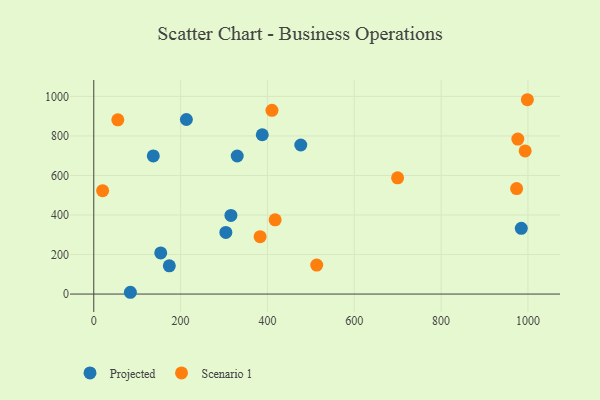
{"axis": {"x": "Study Hours", "y": "Exam Score"}, "legend": ["Projected", "Scenario 1"], "data": [{"x": "137.1", "y": 698.7, "type": "Projected"}, {"x": "304.2", "y": 311.8, "type": "Projected"}, {"x": "174.0", "y": 142.8, "type": "Projected"}, {"x": "984.7", "y": 332.6, "type": "Projected"}, {"x": "315.9", "y": 398.0, "type": "Projected"}, {"x": "330.4", "y": 698.6, "type": "Projected"}, {"x": "388.1", "y": 806.0, "type": "Projected"}, {"x": "154.2", "y": 208.2, "type": "Projected"}, {"x": "476.8", "y": 754.2, "type": "Projected"}, {"x": "84.3", "y": 9.0, "type": "Projected"}, {"x": "213.3", "y": 883.2, "type": "Projected"}, {"x": "973.9", "y": 533.6, "type": "Scenario 1"}, {"x": "55.4", "y": 881.3, "type": "Scenario 1"}, {"x": "383.1", "y": 290.5, "type": "Scenario 1"}, {"x": "976.7", "y": 784.1, "type": "Scenario 1"}, {"x": "998.7", "y": 983.2, "type": "Scenario 1"}, {"x": "417.7", "y": 375.6, "type": "Scenario 1"}, {"x": "20.4", "y": 523.1, "type": "Scenario 1"}, {"x": "513.5", "y": 146.5, "type": "Scenario 1"}, {"x": "699.8", "y": 588.2, "type": "Scenario 1"}, {"x": "993.6", "y": 724.0, "type": "Scenario 1"}, {"x": "410.4", "y": 929.4, "type": "Scenario 1"}]}